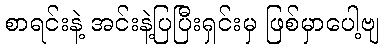
စာရင်းနဲ့ အင်းနဲ့ပြပြီးရှင်းမှ ဖြစ်မှာပေါ့ဗျ